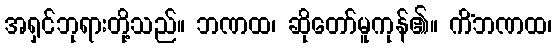
အရှင်ဘုရားတို့သည်။ ဘဏထ၊ ဆိုတော်မူကုန်၏။ ကိံဘဏထ၊